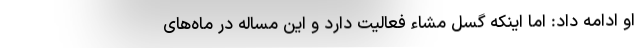
او ادامه داد: اما اینکه گسل مشاء فعالیت دارد و این مساله در ماه‌های